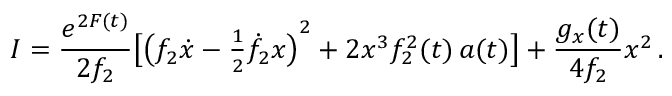
I = \frac { e ^ { 2 F ( t ) } } { 2 f _ { 2 } } \big [ { \big ( f _ { 2 } \dot { x } - { \textstyle \frac { 1 } { 2 } } \dot { f } _ { 2 } x \big ) } ^ { 2 } + 2 x ^ { 3 } f _ { 2 } ^ { 2 } ( t ) \, a ( t ) \big ] + \frac { g _ { x } ( t ) } { 4 f _ { 2 } } x ^ { 2 } \, .